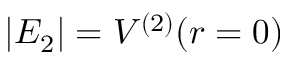
| E _ { 2 } | = V ^ { ( 2 ) } ( r = 0 )